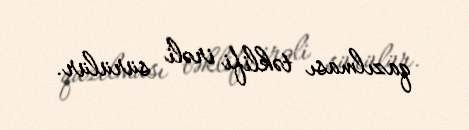
qazılması təklifi irəli sürülür.